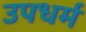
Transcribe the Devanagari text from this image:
उपधर्म